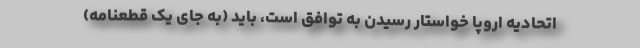
اتحادیه اروپا خواستار رسیدن به توافق است، باید (به جای یک قطعنامه)